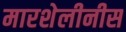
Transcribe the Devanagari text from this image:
मारशेलीनीस